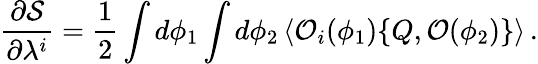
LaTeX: \frac{\partial{\cal S}}{\partial\lambda^{i}}=\frac{1}{2}\int d\phi_{1}\int d\phi_{2}\, \langle{\cal O}_{i}(\phi_{1})\{ Q,{\cal O}(\phi_{2})\} \rangle\, .